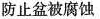
防止盆被腐蚀